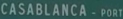
CASABLANCA-PORT